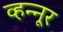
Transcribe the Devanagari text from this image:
व्हन्‍नूर